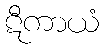
ဋီကာယံ